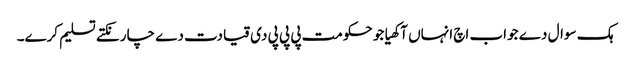
ہک سوال دے جواب اچ انہاں آکھیا جو حکومت پی پی پی دی قیادت دے چار نکتے تسلیم کرے۔